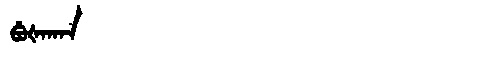
Manchu: ᠪᡠᡧᠠᡴᠠᠨ
Romanization: BUŠAKAN